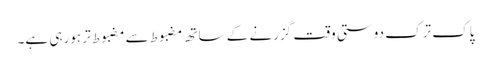
پاک ترک دوستی وقت گزرنے کے ساتھ مضبوط سے مضبوط تر ہورہی ہے۔